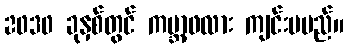
2030 ခုနှစ်တွင် ကမ္ဘာ့ဖလား ကျင်းပမည်။